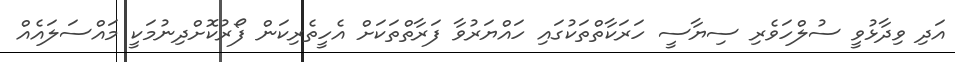
އަދި ވިދާޅުވީ ސުލްހަވެރި ސިޔާސީ ހަރަކާތްތަކުގައި ހައްޔަރުވާ ފަރާތްތަކަށް އެހީތެރިކަން ފޯރުކޮށްދިނުމަކީ މައްސަލައެއް